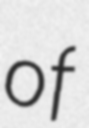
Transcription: of